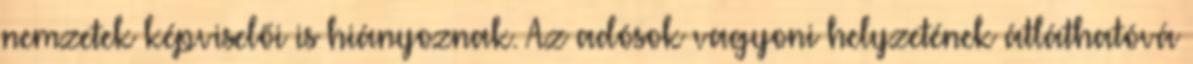
nemzetek képviselői is hiányoznak. Az adósok vagyoni helyzetének átláthatóvá